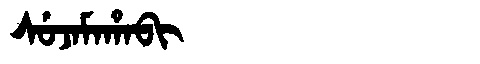
Manchu: ᠰᡠᠵᠠᠮᠠᡥᠠᠪᡳ
Romanization: SUJAMAHABI